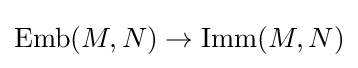
\mathrm {Emb} (M,N)\to \mathrm {Imm} (M,N)